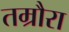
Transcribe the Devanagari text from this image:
तम्रौरा